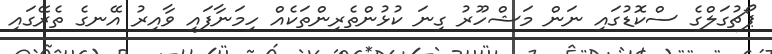
ޕޯޗުގަލްގެ ސްކޮޑުގައި ނަން މަޝްހޫރު ގިނަ ކުޅުންތެރިންތަކެއް ހިމަނާފައި ވާއިރު އޭނގެ ތެރޭގައި